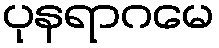
ပုနရာဂမေ